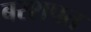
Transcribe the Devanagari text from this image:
बरशपत